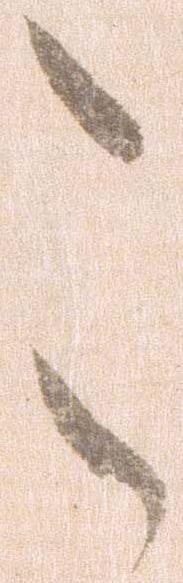
こ